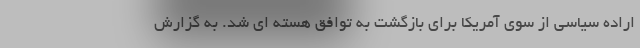
اراده سیاسی از سوی آمریکا برای بازگشت به توافق هسته ای شد. به گزارش